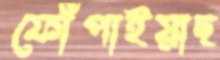
ফোঁপাইয়াছ